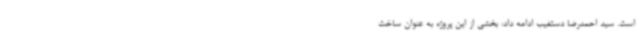
است. سید احمدرضا دستغیب ادامه داد: بخشی از این پروژه به عنوان ساخت